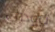
ترودي